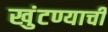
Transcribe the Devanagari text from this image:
खुंटण्याची